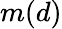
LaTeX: m(d)